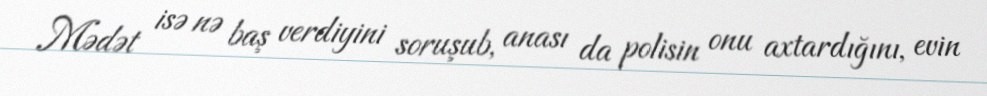
Mədət isə nə baş verdiyini soruşub, anası da polisin onu axtardığını, evin